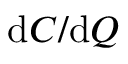
{ \mathrm { d } } C / { \mathrm { d } } Q